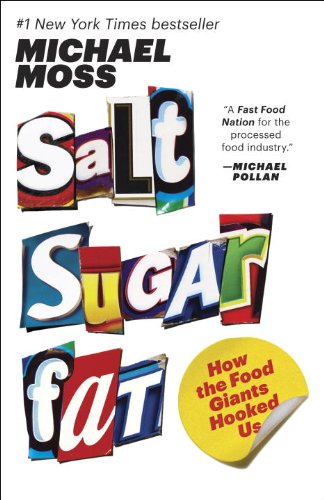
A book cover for Salt Sugar Fat: How the Food Giants Hooked Us; Michael Moss; Cookbooks, Food & Wine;